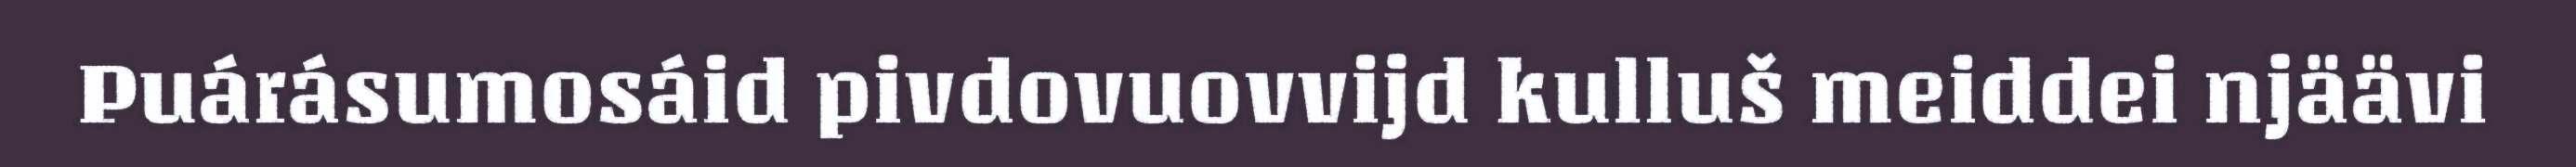
Puárásumosáid pivdovuovvijd kulluš meiddei njäävi